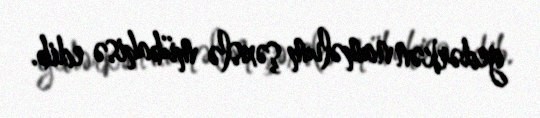
gedərkən naməlum şəxslə mübahisə edib.